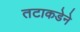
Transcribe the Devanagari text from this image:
तटाकडेने